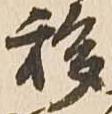
移